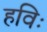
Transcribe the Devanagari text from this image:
हविः